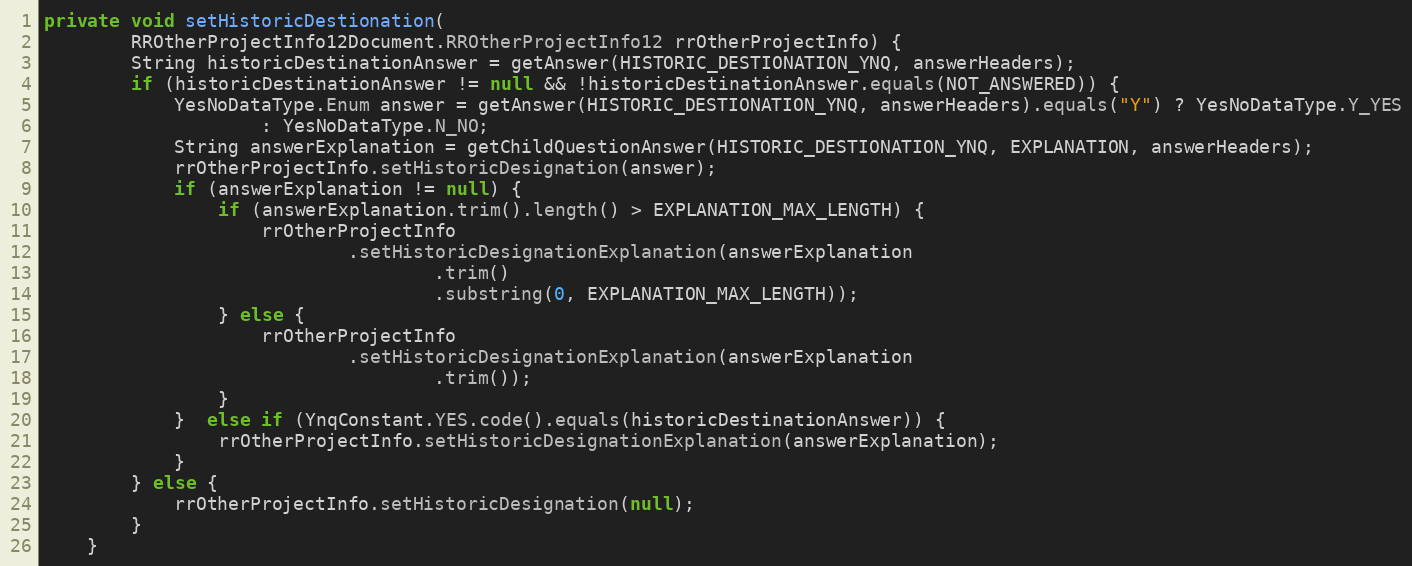
Language: Java
private void setHistoricDestionation(
		RROtherProjectInfo12Document.RROtherProjectInfo12 rrOtherProjectInfo) {
	    String historicDestinationAnswer = getAnswer(HISTORIC_DESTIONATION_YNQ, answerHeaders);
	    if (historicDestinationAnswer != null && !historicDestinationAnswer.equals(NOT_ANSWERED)) {
    		YesNoDataType.Enum answer = getAnswer(HISTORIC_DESTIONATION_YNQ, answerHeaders).equals("Y") ? YesNoDataType.Y_YES
    				: YesNoDataType.N_NO;
    		String answerExplanation = getChildQuestionAnswer(HISTORIC_DESTIONATION_YNQ, EXPLANATION, answerHeaders);
    		rrOtherProjectInfo.setHistoricDesignation(answer);
    		if (answerExplanation != null) {
    			if (answerExplanation.trim().length() > EXPLANATION_MAX_LENGTH) {
    				rrOtherProjectInfo
    						.setHistoricDesignationExplanation(answerExplanation
    								.trim()
    								.substring(0, EXPLANATION_MAX_LENGTH));
    			} else {
    				rrOtherProjectInfo
    						.setHistoricDesignationExplanation(answerExplanation
    								.trim());
    			}
    		}  else if (YnqConstant.YES.code().equals(historicDestinationAnswer)) {
                rrOtherProjectInfo.setHistoricDesignationExplanation(answerExplanation);
            }
	    } else {
	        rrOtherProjectInfo.setHistoricDesignation(null);
        }
	}